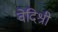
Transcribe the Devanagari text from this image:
वेदिश्री